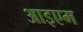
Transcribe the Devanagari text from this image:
आइएम